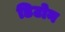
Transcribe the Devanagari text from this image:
डिटोन